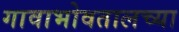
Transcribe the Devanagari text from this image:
गावाभोवतालच्या